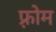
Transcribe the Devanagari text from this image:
फ़्रोम